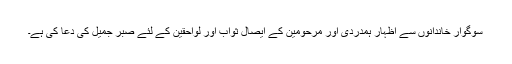
سوگوار خاندانوں سے اظہار ہمدردی اور مرحومین کے ایصال ثواب اور لواحقین کے لئے صبر جمیل کی دعا کی ہے۔